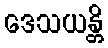
ဒေသယန္တိ